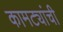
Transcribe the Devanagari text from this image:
कामट्यांची